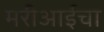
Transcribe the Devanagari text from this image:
मरीआईचा